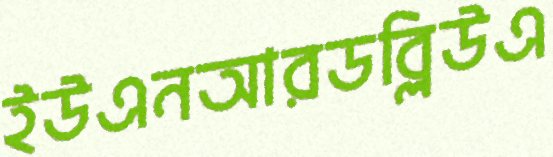
ইউএনআরডব্লিউএ